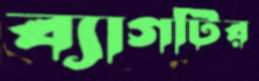
ব্যাগটির